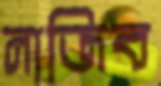
নাজিব